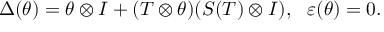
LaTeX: \Delta ( \theta ) = \theta \otimes I + ( T \otimes \theta ) ( S ( T ) \otimes I ) , ~ ~ \varepsilon ( \theta ) = 0 .